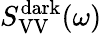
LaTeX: S_{\mathrm{VV}}^{\mathrm{dark}}(\omega)